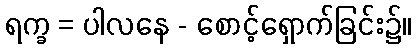
ရက္ခ = ပါလနေ - စောင့်ရှောက်ခြင်း၌။